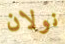
نولان